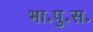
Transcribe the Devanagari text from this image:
भा॰पु॰स॰